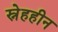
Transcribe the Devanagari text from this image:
स्नेहहीन